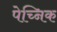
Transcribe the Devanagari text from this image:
पेच्निक